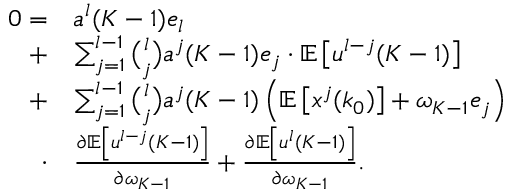
\begin{array} { r l } { 0 = } & { a ^ { l } ( K - 1 ) e _ { l } } \\ { + } & { \sum _ { j = 1 } ^ { l - 1 } \binom { l } { j } a ^ { j } ( K - 1 ) e _ { j } \cdot \mathbb { E } \left[ u ^ { l - j } ( K - 1 ) \right] } \\ { + } & { \sum _ { j = 1 } ^ { l - 1 } \binom { l } { j } a ^ { j } ( K - 1 ) \left( \mathbb { E } \left[ x ^ { j } ( k _ { 0 } ) \right] + \omega _ { K - 1 } e _ { j } \right) } \\ { \cdot } & { \frac { \partial \mathbb { E } \left[ u ^ { l - j } ( K - 1 ) \right] } { \partial \omega _ { K - 1 } } + \frac { \partial \mathbb { E } \left[ u ^ { l } ( K - 1 ) \right] } { \partial \omega _ { K - 1 } } . } \end{array}